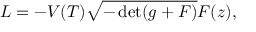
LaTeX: { \cal L } = - V ( T ) \sqrt { - \operatorname * { d e t } ( g + F ) } { \cal F } ( z ) ,